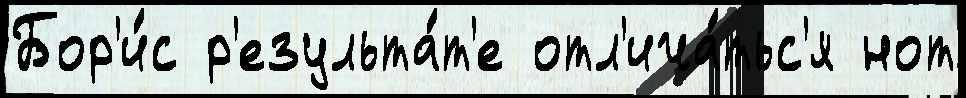
Бор'и́с р'езульта́т'е отл'ича́тьс'я нот